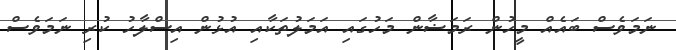
ނަމަވެސް ބައެއް މީހުން ރަމަޟާން މަހުގައި އަމަލުތަކާއި އުޅުން އިސްލާހު ކުރި ނަމަވެސް